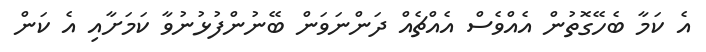
އެ ކަމާ ބެހޭގޮތުން އެއްވެސް އެއްޗެއް ދަންނަވަން ބޭނުންފުޅުނުވާ ކަމަށާއި އެ ކަން